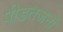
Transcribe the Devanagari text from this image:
पीडतजनों